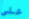
على